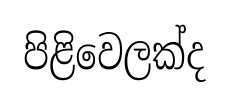
පිළිවෙලක්ද